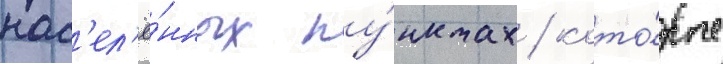
нас'ел'ё́нных пу́нктах / кото́рые